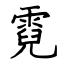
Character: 霓